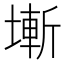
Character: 𡐛